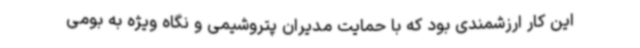
این کار ارزشمندی بود که با حمایت مدیران پتروشیمی و نگاه ویژه به بومی